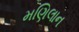
મણિલાન